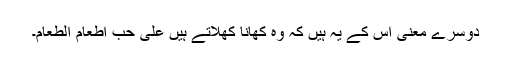
دوسرے معنی اس کے یہ ہیں کہ وہ کھانا کھلاتے ہیں عَلیٰ حُبِّ اِطْعَامِ الطَّعَامِ۔